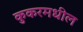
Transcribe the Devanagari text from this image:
कुकरमधील